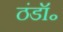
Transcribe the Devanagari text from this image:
ठंडॉ॰